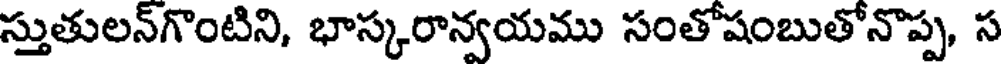
స్తుతులన్గొంటిని, భాస్కరాన్వయము సంతోషంబుతోనొప్ప, స